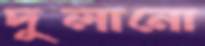
দুলানো